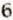
6